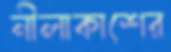
নীলাকাশের